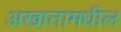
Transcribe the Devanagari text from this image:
अखातामधील